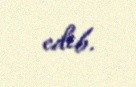
edib.